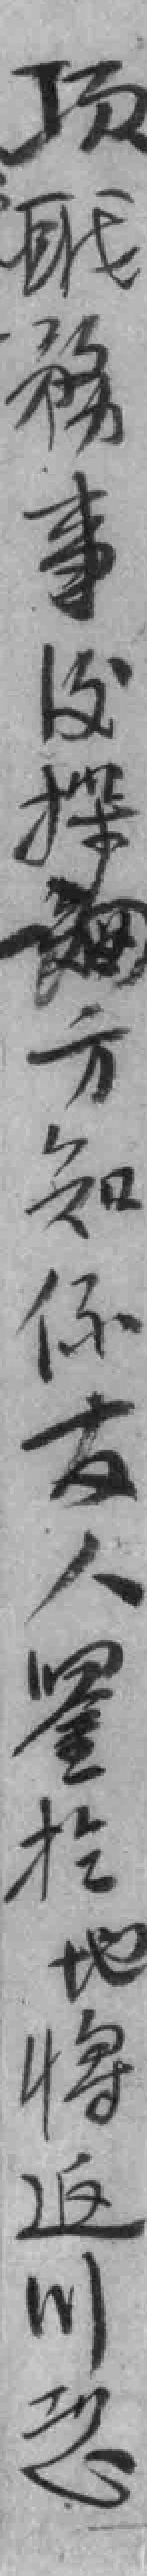
项聀務事後探*方知係友人鉴於地将返川想